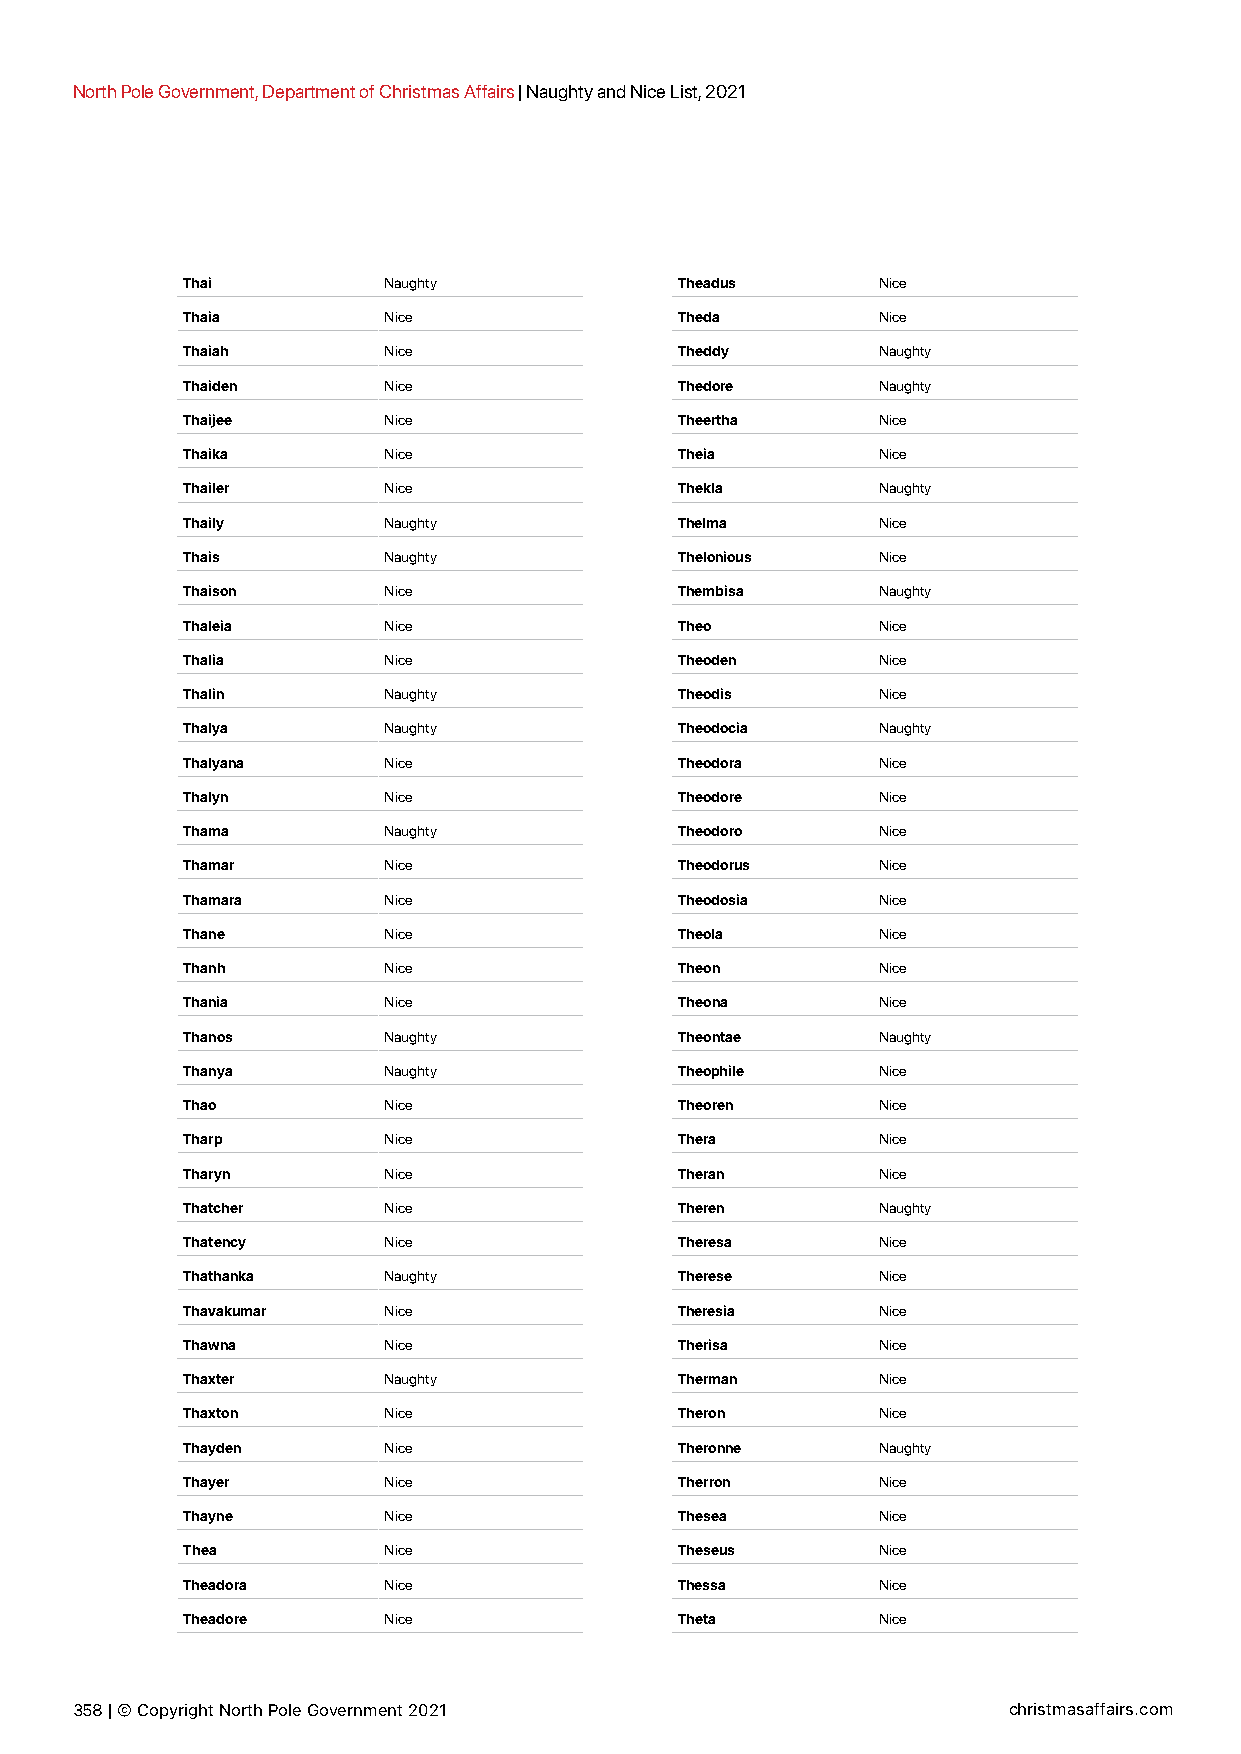
North Pole Government, Department of Christmas Affairs | Naughty and Nice List, 2021
 Thai         Naughty             Theadus      Nice
 Thaia        Nice                Theda        Nice
 Thaiah       Nice                Theddy       Naughty
 Thaiden      Nice                Thedore      Naughty
 Thaijee      Nice                Theertha     Nice
 Thaika       Nice                Theia        Nice
 Thailer      Nice                Thekla       Naughty
 Thaily       Naughty             Thelma       Nice
 Thais        Naughty             Thelonious   Nice
 Thaison      Nice                Thembisa     Naughty
 Thaleia      Nice                Theo         Nice
 Thalia       Nice                Theoden      Nice
 Thalin       Naughty             Theodis      Nice
 Thalya       Naughty             Theodocia    Naughty
 Thalyana     Nice                Theodora     Nice
 Thalyn       Nice                Theodore     Nice
 Thama        Naughty             Theodoro     Nice
 Thamar       Nice                Theodorus    Nice
 Thamara      Nice                Theodosia    Nice
 Thane        Nice                Theola       Nice
 Thanh        Nice                Theon        Nice
 Thania       Nice                Theona       Nice
 Thanos       Naughty             Theontae     Naughty
 Thanya       Naughty             Theophile    Nice
 Thao         Nice                Theoren      Nice
 Tharp        Nice                Thera        Nice
 Tharyn       Nice                Theran       Nice
 Thatcher     Nice                Theren       Naughty
 Thatency     Nice                Theresa      Nice
 Thathanka    Naughty             Therese      Nice
 Thavakumar   Nice                Theresia     Nice
 Thawna       Nice                Therisa      Nice
 Thaxter      Naughty             Therman      Nice
 Thaxton      Nice                Theron       Nice
 Thayden      Nice                Theronne     Naughty
 Thayer       Nice                Therron      Nice
 Thayne       Nice                Thesea       Nice
 Thea         Nice                Theseus      Nice
 Theadora     Nice                Thessa       Nice
 Theadore     Nice                Theta        Nice
 358 | © Copyright North Pole Government 2021                  christmasaffairs.com